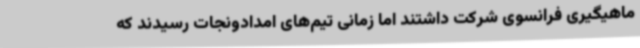
ماهیگیری فرانسوی شرکت داشتند اما زمانی تیم‌های امدادونجات رسیدند که